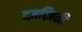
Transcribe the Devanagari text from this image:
टज़त्ज़िकी